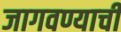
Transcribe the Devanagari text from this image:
जागवण्याची